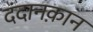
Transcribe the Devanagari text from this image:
दंदानक़ान